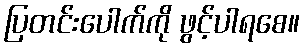
ပြတင်းပေါက်ကို ဖွင့်ပါရစေ။